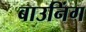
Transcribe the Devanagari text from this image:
बाउनिंग